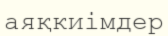
аяқкиімдер